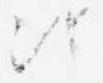
次